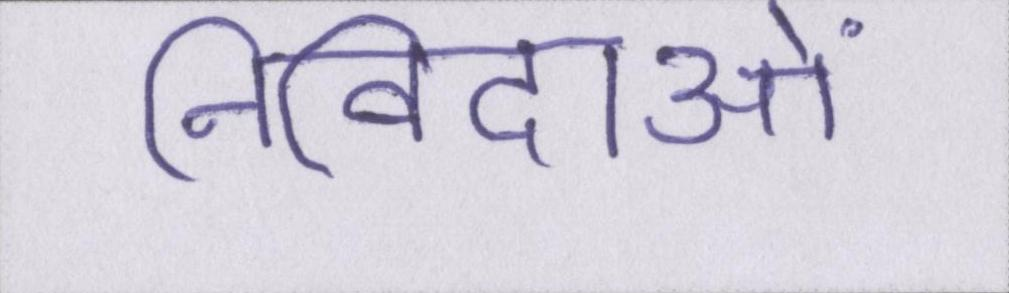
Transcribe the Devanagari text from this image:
निविदाओं